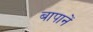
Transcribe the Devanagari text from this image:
बापानें